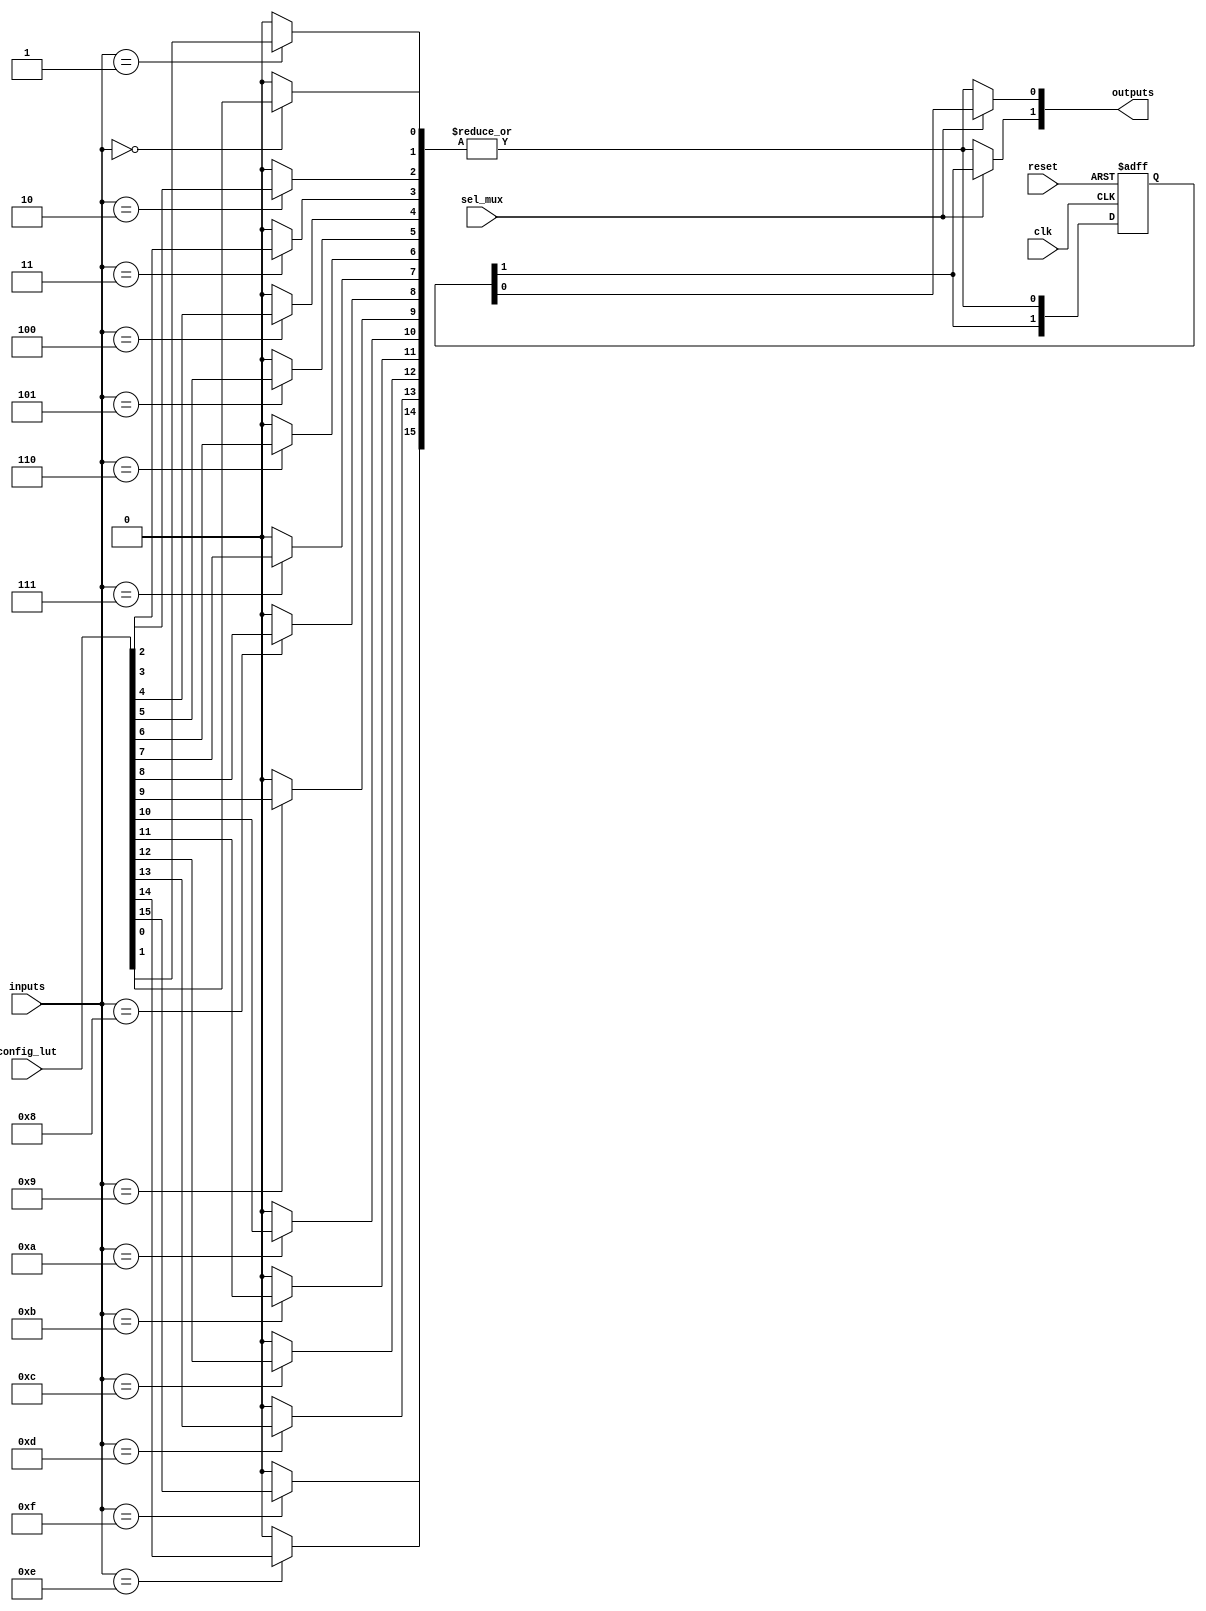
module CLB (
    input wire [N-1:0] inputs,          // N input signals
    input wire [M-1:0] config_lut,      // Configuration for LUT
    input wire clk,                      // Clock for flip-flops
    input wire reset,                    // Reset signal
    input wire sel_mux,                  // MUX select signal
    output wire [P-1:0] outputs          // P output signals
);

// Parameters
parameter N = 4; // Number of inputs
parameter M = 16; // Number of LUT configurations (2^N for N=4)
parameter P = 2; // Number of outputs

// LUT Implementation
wire [M-1:0] lut_out;
reg [N-1:0] lut_inputs;

// Generate LUT based on configuration
genvar i;
generate
    for (i = 0; i < M; i = i + 1) begin : lut_gen
        assign lut_out[i] = (inputs == i) ? config_lut[i] : 1'b0;
    end
endgenerate

// Combine LUT outputs
wire lut_combined = |lut_out; // ORing all LUT outputs for simplicity

// Flip-Flops
reg [P-1:0] ff_out;

always @(posedge clk or posedge reset) begin
    if (reset) begin
        ff_out <= 0; // Reset flip-flops
    end else begin
        ff_out <= {ff_out[P-1:1], lut_combined}; // Shift in LUT output
    end
end

// MUX Implementation
assign outputs[0] = sel_mux ? ff_out[0] : lut_combined;
assign outputs[1] = sel_mux ? ff_out[1] : lut_combined;

endmodule